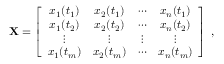
{ \bf X } = \left[ \begin{array} { c c c c } { x _ { 1 } ( t _ { 1 } ) } & { x _ { 2 } ( t _ { 1 } ) } & { \cdots } & { x _ { n } ( t _ { 1 } ) } \\ { x _ { 1 } ( t _ { 2 } ) } & { x _ { 2 } ( t _ { 2 } ) } & { \cdots } & { x _ { n } ( t _ { 2 } ) } \\ { \vdots } & { \vdots } & { \vdots } & { \vdots } \\ { x _ { 1 } ( t _ { m } ) } & { x _ { 2 } ( t _ { m } ) } & { \cdots } & { x _ { n } ( t _ { m } ) } \end{array} \right] \; ,